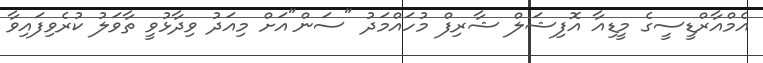
އެމްއާރްޑީސީގެ މީޑިއާ އޮފިޝަލް ޝާރިފް މުހައްމަދު "ސަން"އަށް މިއަދު ވިދާޅުވީ ތާވަލު ކުރެވިފައިވާ